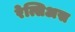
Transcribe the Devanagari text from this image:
रेत्सिअस